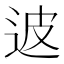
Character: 𲅖